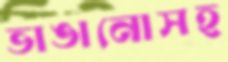
ভাঙানোসহ